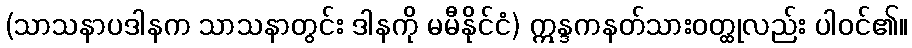
(သာသနာပဒါနက သာသနာတွင်း ဒါနကို မမီနိုင်ငံ) ဣန္ဒကနတ်သားဝတ္ထုလည်း ပါဝင်၏။